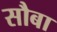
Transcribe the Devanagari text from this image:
सौबा